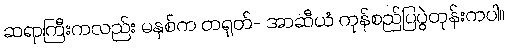
ဆရာကြီးကလည်း မနှစ်က တရုတ်- အာဆီယံ ကုန်စည်ပြပွဲတုန်းကပါ။